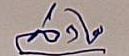
ล่าง